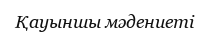
Қауыншы мәдениеті